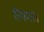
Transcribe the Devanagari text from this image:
रिफास